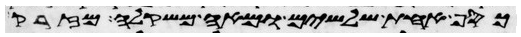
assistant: כסף אחת שלשים ומאה משקלה מזרק